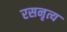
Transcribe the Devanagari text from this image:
रसनृत्य